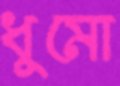
ধুমো